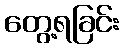
တွေ့ရခြင်း